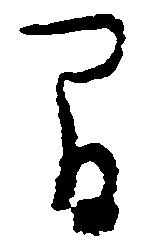
間